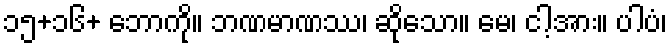
၁၅+၁၆+ ဘောကို။ ဘဏမာဏဿ၊ ဆိုသော။ မေ၊ ငါ့အား။ ပါပံ၊